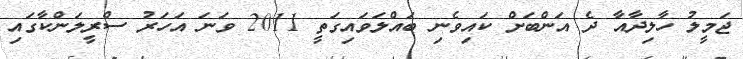
ޖަމީލު ހާލިދާއާ ދެ އަންބަށް ކައިވެނި ބައްލަވައިގަތީ 2011 ވަނަ އަހަރު ސްރީލަންކާގައި